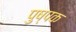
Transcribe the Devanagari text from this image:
पुष्‍पक